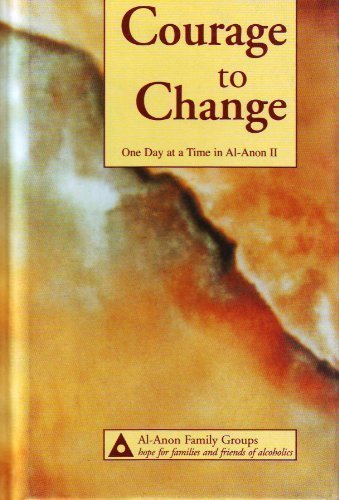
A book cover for Courage to Change: One Day at a Time in Al-Anon II a Edition by Al-Anon Family Group Head Inc published by Al Anon Family Group Headquarters (1992) Hardcover; Al-Anon Family Group; Health, Fitness & Dieting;